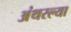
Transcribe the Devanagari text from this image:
अंथरल्या